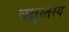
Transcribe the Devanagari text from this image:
चक्षुस्तस्य